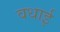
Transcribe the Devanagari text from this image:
वधाई